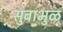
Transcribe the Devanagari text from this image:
सुबाभुळ